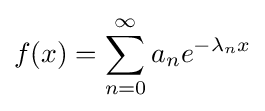
f(x)=\sum _{n=0}^{\infty }a_{n}e^{-\lambda _{n}x}